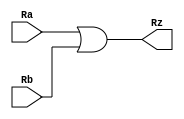
`timescale 1ns / 1ps



module 	Or_32(
	input wire [31:0] Ra,
	input wire [31:0] Rb,
	output wire [31:0] Rz
	);
	//assign Ra or Rb to Rz
	assign Rz = Ra | Rb;
	
endmodule